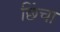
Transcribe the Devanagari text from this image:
छिंचा